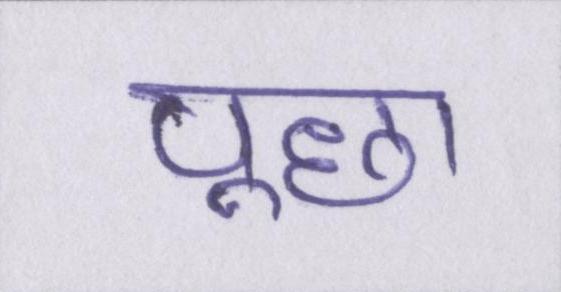
पूछा